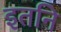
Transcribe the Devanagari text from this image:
इतनि